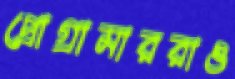
প্রোগ্রামাররাও